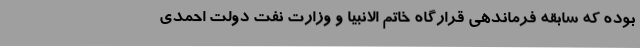
بوده که سابقه فرماندهی قرارگاه خاتم الانبیا و وزارت نفت دولت احمدی